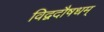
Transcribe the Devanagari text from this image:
विद्वदौषधम्